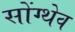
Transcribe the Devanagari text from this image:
सोंग्थेव